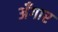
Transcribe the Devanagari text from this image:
अँगार